画像に写った文字を読んでください
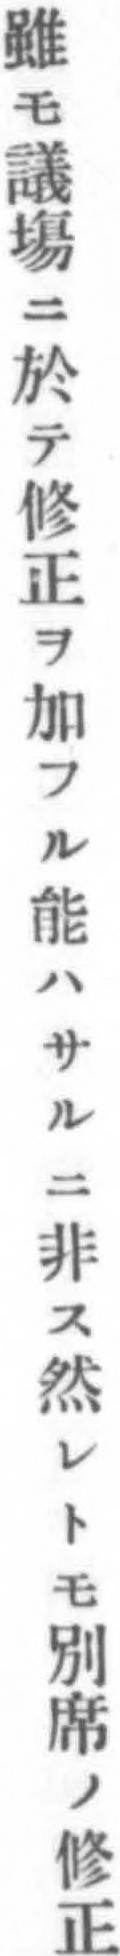
「雖モ議塲ニ於テ修正ヲ加フル能ハサルニ非ス然レトモ別席ノ修正」と書いてあります